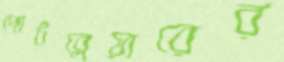
পোর্টব্লেয়ারের